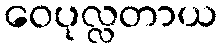
ဝေပုလ္လတာယ